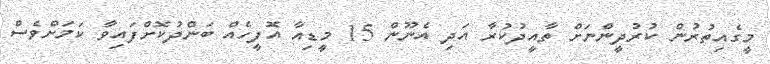
މީގެއިތުރުން ކުރުދީންނަށް ތާއީދުކުރާ އަދި އެނޫން 15 މީޑިއާ އޮފީހެއް ބަންދުކޮށްފައިވާ ކަމަށްވެސް